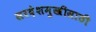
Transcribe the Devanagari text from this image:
सरदेशमुखीसाठी